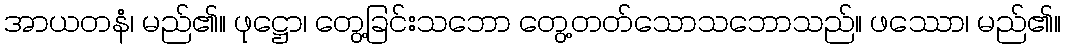
အာယတနံ၊ မည်၏။ ဖုဋ္ဌော၊ တွေ့ခြင်းသဘော တွေ့တတ်သောသဘောသည်။ ဖဿော၊ မည်၏။